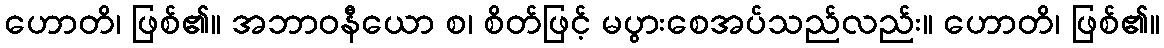
ဟောတိ၊ ဖြစ်၏။ အဘာဝနီယော စ၊ စိတ်ဖြင့် မပွားစေအပ်သည်လည်း။ ဟောတိ၊ ဖြစ်၏။